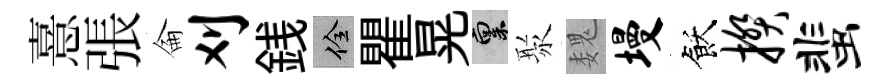
憙張侖刈銭佺瞿晃禀聚魏墁飫揆蜚